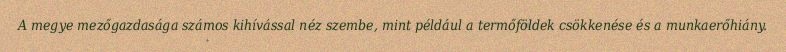
A megye mezőgazdasága számos kihívással néz szembe, mint például a termőföldek csökkenése és a munkaerőhiány.